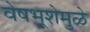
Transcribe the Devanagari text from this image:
वेषभूशेमुळे